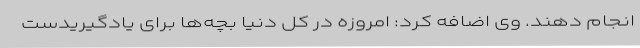
انجام دهند. وی اضافه کرد: امروزه در کل دنیا بچه‌ها برای یادگیریدست